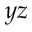
_ { y z }